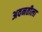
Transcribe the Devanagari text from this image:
अवनतीला